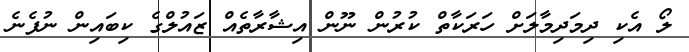
ލޯ އެކި ދިމަދިމާލަށް ހަރަކާތް ކުރުން ނޫން އިޝާރާތެއް ޒައުލްގެ ކިބައިން ނުފެނެ